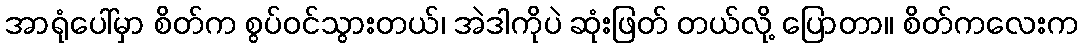
အာရုံပေါ်မှာ စိတ်က စွပ်ဝင်သွားတယ်၊ အဲဒါကိုပဲ ဆုံးဖြတ် တယ်လို့ ပြောတာ။ စိတ်ကလေးက